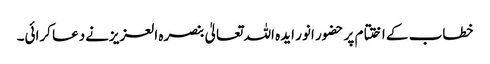
خطاب کے اختتام پر حضور انور ایدہ اللہ تعالیٰ بنصرہ العزیزنےدعا کرائی۔